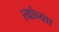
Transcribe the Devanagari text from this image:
त्यांच्याा